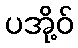
ပအို့ဝ်